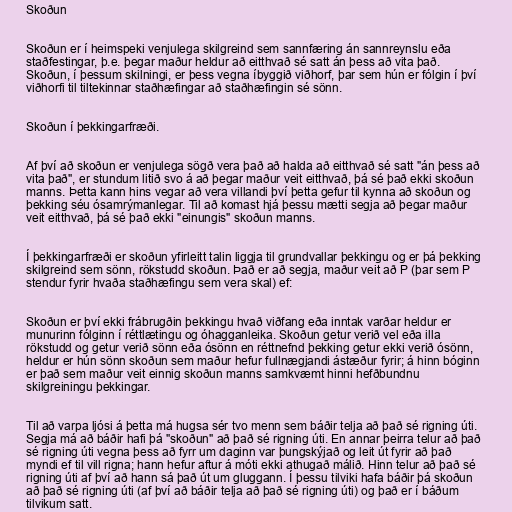
Skoðun

Skoðun er í heimspeki venjulega skilgreind sem sannfæring án sannreynslu eða
staðfestingar, þ.e. þegar maður heldur að eitthvað sé satt án þess að vita það.
Skoðun, í þessum skilningi, er þess vegna íbyggið viðhorf, þar sem hún er fólgin í því
viðhorfi til tiltekinnar staðhæfingar að staðhæfingin sé sönn.

Skoðun í þekkingarfræði.

Af því að skoðun er venjulega sögð vera það að halda að eitthvað sé satt "án þess að
vita það", er stundum litið svo á að þegar maður veit eitthvað, þá sé það ekki skoðun
manns. Þetta kann hins vegar að vera villandi því þetta gefur til kynna að skoðun og
þekking séu ósamrýmanlegar. Til að komast hjá þessu mætti segja að þegar maður
veit eitthvað, þá sé það ekki "einungis" skoðun manns.

Í þekkingarfræði er skoðun yfirleitt talin liggja til grundvallar þekkingu og er þá þekking
skilgreind sem sönn, rökstudd skoðun. Það er að segja, maður veit að P (þar sem P
stendur fyrir hvaða staðhæfingu sem vera skal) ef:

Skoðun er því ekki frábrugðin þekkingu hvað viðfang eða inntak varðar heldur er
munurinn fólginn í réttlætingu og óhagganleika. Skoðun getur verið vel eða illa
rökstudd og getur verið sönn eða ósönn en réttnefnd þekking getur ekki verið ósönn,
heldur er hún sönn skoðun sem maður hefur fullnægjandi ástæður fyrir; á hinn bóginn
er það sem maður veit einnig skoðun manns samkvæmt hinni hefðbundnu
skilgreiningu þekkingar.

Til að varpa ljósi á þetta má hugsa sér tvo menn sem báðir telja að það sé rigning úti.
Segja má að báðir hafi þá "skoðun" að það sé rigning úti. En annar þeirra telur að það
sé rigning úti vegna þess að fyrr um daginn var þungskýjað og leit út fyrir að það
myndi ef til vill rigna; hann hefur aftur á móti ekki athugað málið. Hinn telur að það sé
rigning úti af því að hann sá það út um gluggann. Í þessu tilviki hafa báðir þá skoðun
að það sé rigning úti (af því að báðir telja að það sé rigning úti) og það er í báðum
tilvikum satt.